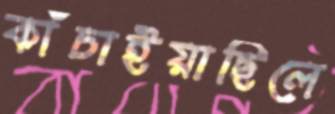
কাঁচাইয়াছিলে